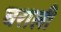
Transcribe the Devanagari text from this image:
घराली